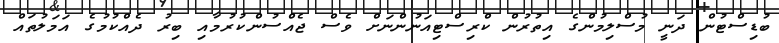
ބުޑިސްޓުން ދަނީ މުސްލިމުންގެ އިތުރުން ކްރިސްޓިއަނުންނަށް ވެސް ޖެއްސުންކުރުމާއި ބިރު ދެއްކުމުގެ އަމަލުތައް